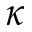
\kappa